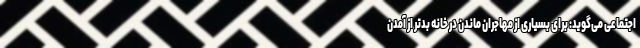
اجتماعی می‌گوید: برای بسیاری از مهاجران ماندن در خانه بدتر از آمدن